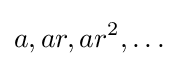
a,ar,ar^{2},\ldots